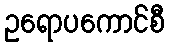
ဥရောပကောင်စီ